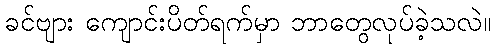
ခင်ဗျား ကျောင်းပိတ်ရက်မှာ ဘာတွေလုပ်ခဲ့သလဲ။